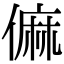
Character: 𠍨